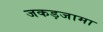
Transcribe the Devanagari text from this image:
जकड़जामा